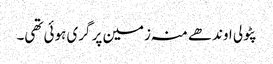
پٹولی اوندھے منہ زمین پر گری ہوئی تھی۔